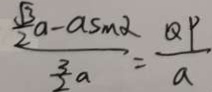
\frac { \frac { \sqrt { 3 } } { 2 } a - a \sin \alpha } { \frac { 3 } { 2 } a } = \frac { Q P } { a }